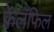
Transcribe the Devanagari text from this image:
फेलॅफिल